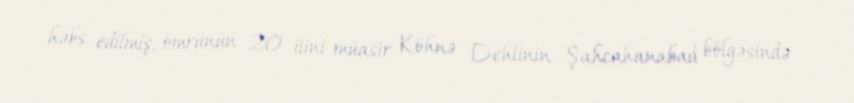
həbs edilmiş, ömrünün 20 ilini müasir Köhnə Dehlinin Şahcahanabad bölgəsində